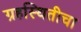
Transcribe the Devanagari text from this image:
ग्रहस्थितीचा